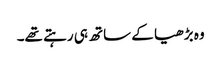
وہ بڑھیا کے ساتھ ہی رہتے تھے۔